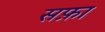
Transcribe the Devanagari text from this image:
सफ़ा